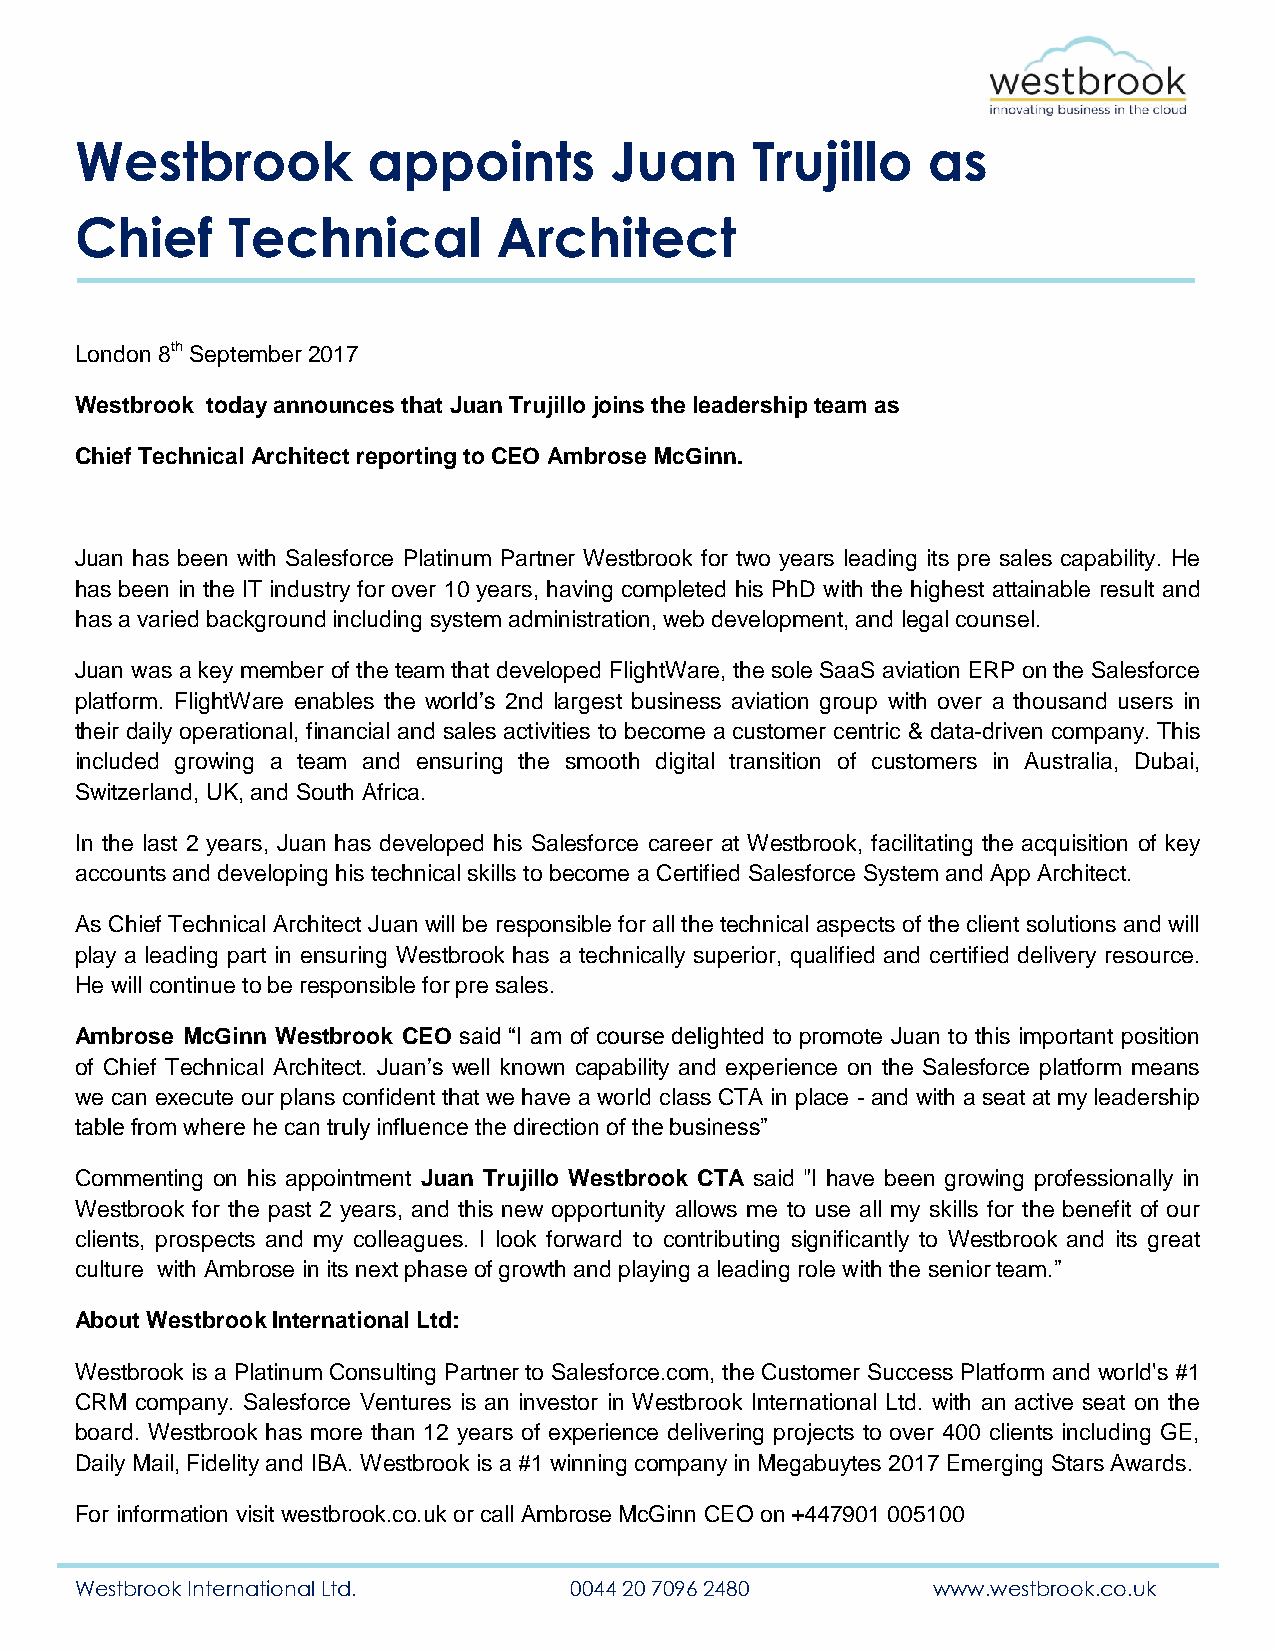
Westbrook          appoints        Juan      Trujillo   as
 Chief     Technical         Architect
 London 8th September 2017
 Westbrook today announces that Juan Trujillo joins the leadership team as
 Chief Technical Architect reporting to CEO Ambrose McGinn.
 Juan has been with Salesforce Platinum Partner Westbrook for two years leading its pre sales capability. He
 has been in the IT industry for over 10 years, having completed his PhD with the highest attainable result and
 has a varied background including system administration, web development, and legal counsel.
 Juan was a key member of the team that developed FlightWare, the sole SaaS aviation ERP on the Salesforce
 platform. FlightWare enables the world’s 2nd largest business aviation group with over a thousand users in
 their daily operational, financial and sales activities to become a customer centric & data-driven company. This
 included growing a team and ensuring the smooth digital transition of customers in Australia, Dubai,
 Switzerland, UK, and South Africa.
 In the last 2 years, Juan has developed his Salesforce career at Westbrook, facilitating the acquisition of key
 accounts and developing his technical skills to become a Certified Salesforce System and App Architect.
 As Chief Technical Architect Juan will be responsible for all the technical aspects of the client solutions and will
 play a leading part in ensuring Westbrook has a technically superior, qualified and certified delivery resource.
 He will continue to be responsible for pre sales.
 Ambrose McGinn Westbrook CEO said “I am of course delighted to promote Juan to this important position
 of Chief Technical Architect. Juan’s well known capability and experience on the Salesforce platform means
 we can execute our plans confident that we have a world class CTA in place - and with a seat at my leadership
 table from where he can truly influence the direction of the business”
 Commenting on his appointment Juan Trujillo Westbrook CTA said "I have been growing professionally in
 Westbrook for the past 2 years, and this new opportunity allows me to use all my skills for the benefit of our
 clients, prospects and my colleagues. I look forward to contributing significantly to Westbrook and its great
 culture with Ambrose in its next phase of growth and playing a leading role with the senior team.”
 About Westbrook International Ltd:
 Westbrook is a Platinum Consulting Partner to Salesforce.com, the Customer Success Platform and world's #1
 CRM company. Salesforce Ventures is an investor in Westbrook International Ltd. with an active seat on the
 board. Westbrook has more than 12 years of experience delivering projects to over 400 clients including GE,
 Daily Mail, Fidelity and IBA. Westbrook is a #1 winning company in Megabuytes 2017 Emerging Stars Awards.
 For information visit westbrook.co.uk or call Ambrose McGinn CEO on +447901 005100
 Westbrook International Ltd.     0044 20 7096 2480       www.westbrook.co.uk